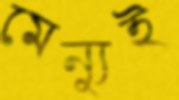
মেন্যুই